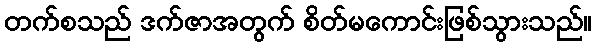
တက်စသည် ဒက်ဇာအတွက် စိတ်မကောင်းဖြစ်သွားသည်။